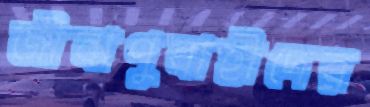
জীবাণুবাহীদের